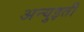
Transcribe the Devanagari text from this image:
अन्युइती